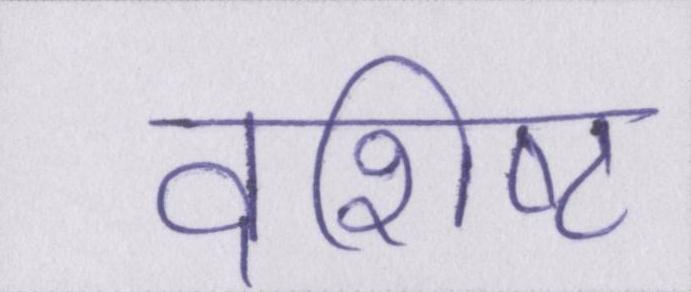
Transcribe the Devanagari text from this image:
वशिष्ट